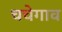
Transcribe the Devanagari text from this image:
चचेगाव